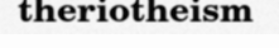
theriotheism